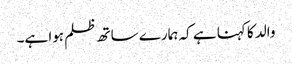
والد کا کہنا ہے کہ ہمارے ساتھ ظلم ہوا ہے۔